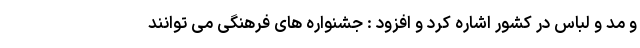
و مد و لباس در کشور اشاره کرد و افزود : جشنواره های فرهنگی می توانند